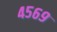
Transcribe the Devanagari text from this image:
४५६९